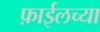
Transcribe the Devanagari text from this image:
फ़ाईलच्या